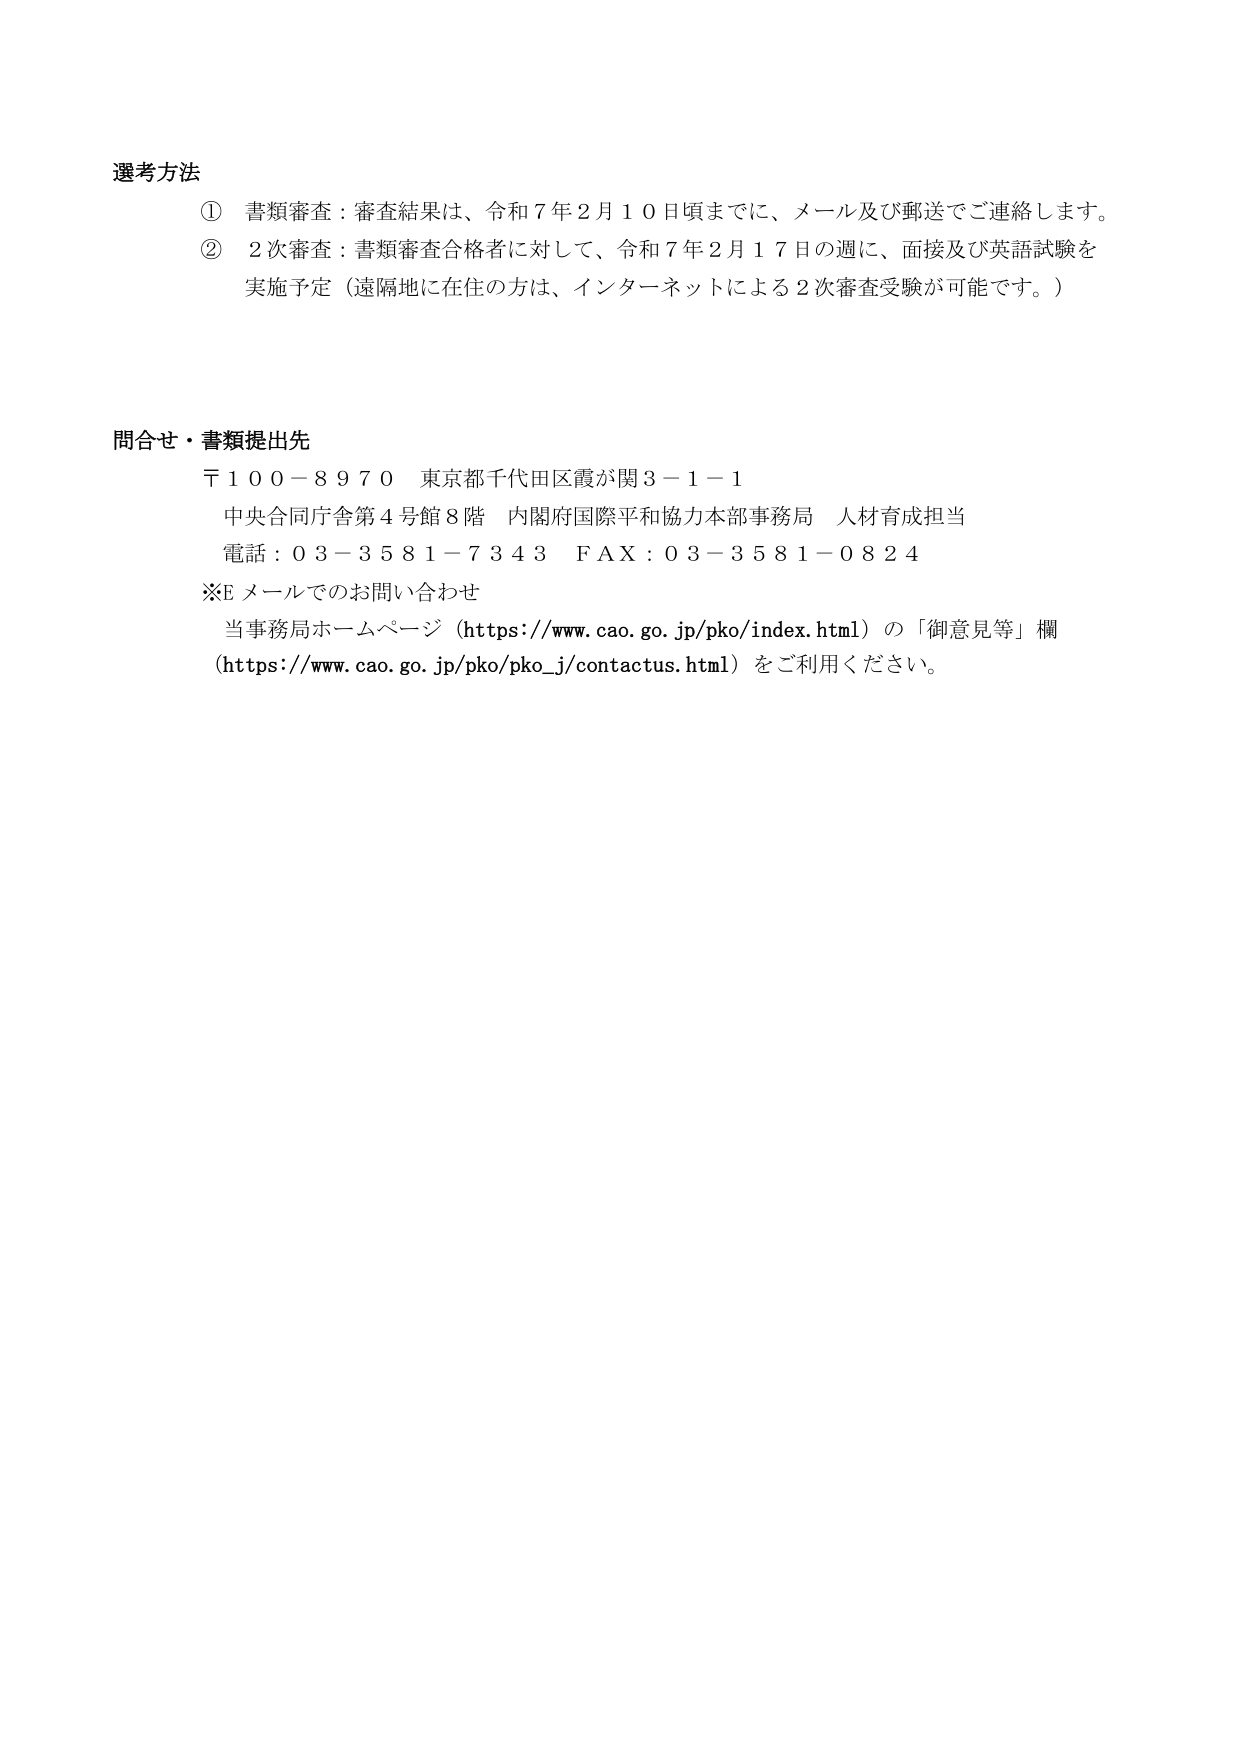
選考方法
① 書類審査：審査結果は、令和７年２月１０日頃までに、メール及び郵送でご連絡します。
② ２次審査：書類審査合格者に対して、令和７年２月１７日の週に、面接及び英語試験を
　　実施予定（遠隔地に在住の方は、インターネットによる２次審査受験が可能です。）

問合せ・書類提出先
〒１００－８９７０ 東京都千代田区霞が関３－１－１
　中央合同庁舎第４号館８階 内閣府国際平和協力本部事務局 人材育成担当
　電話：０３－３５８１－７３４３　ＦＡＸ：０３－３５８１－０８２４
※Eメールでのお問い合わせ
　当事務局ホームページ（https://www.cao.go.jp/pko/index.html）の「御意見等」欄
　（https://www.cao.go.jp/pko/pko_j/contactus.html）をご利用ください。